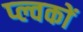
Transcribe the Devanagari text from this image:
प्ल्वकों